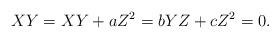
LaTeX: \begin{align*} XY = XY+aZ^2 = bYZ+cZ^2 = 0.\end{align*}